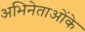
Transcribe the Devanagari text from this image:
अभिनेताओंके